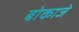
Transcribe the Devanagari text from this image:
बोकाजे